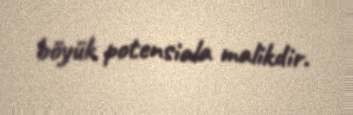
böyük potensiala malikdir.